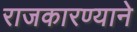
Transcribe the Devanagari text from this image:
राजकारण्याने